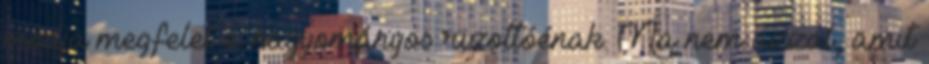
módja megfelel a hagyományos rizottóénak. Na nem azzal, amit